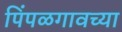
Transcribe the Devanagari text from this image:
पिंपळगावच्या